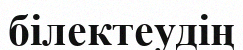
білектеудің